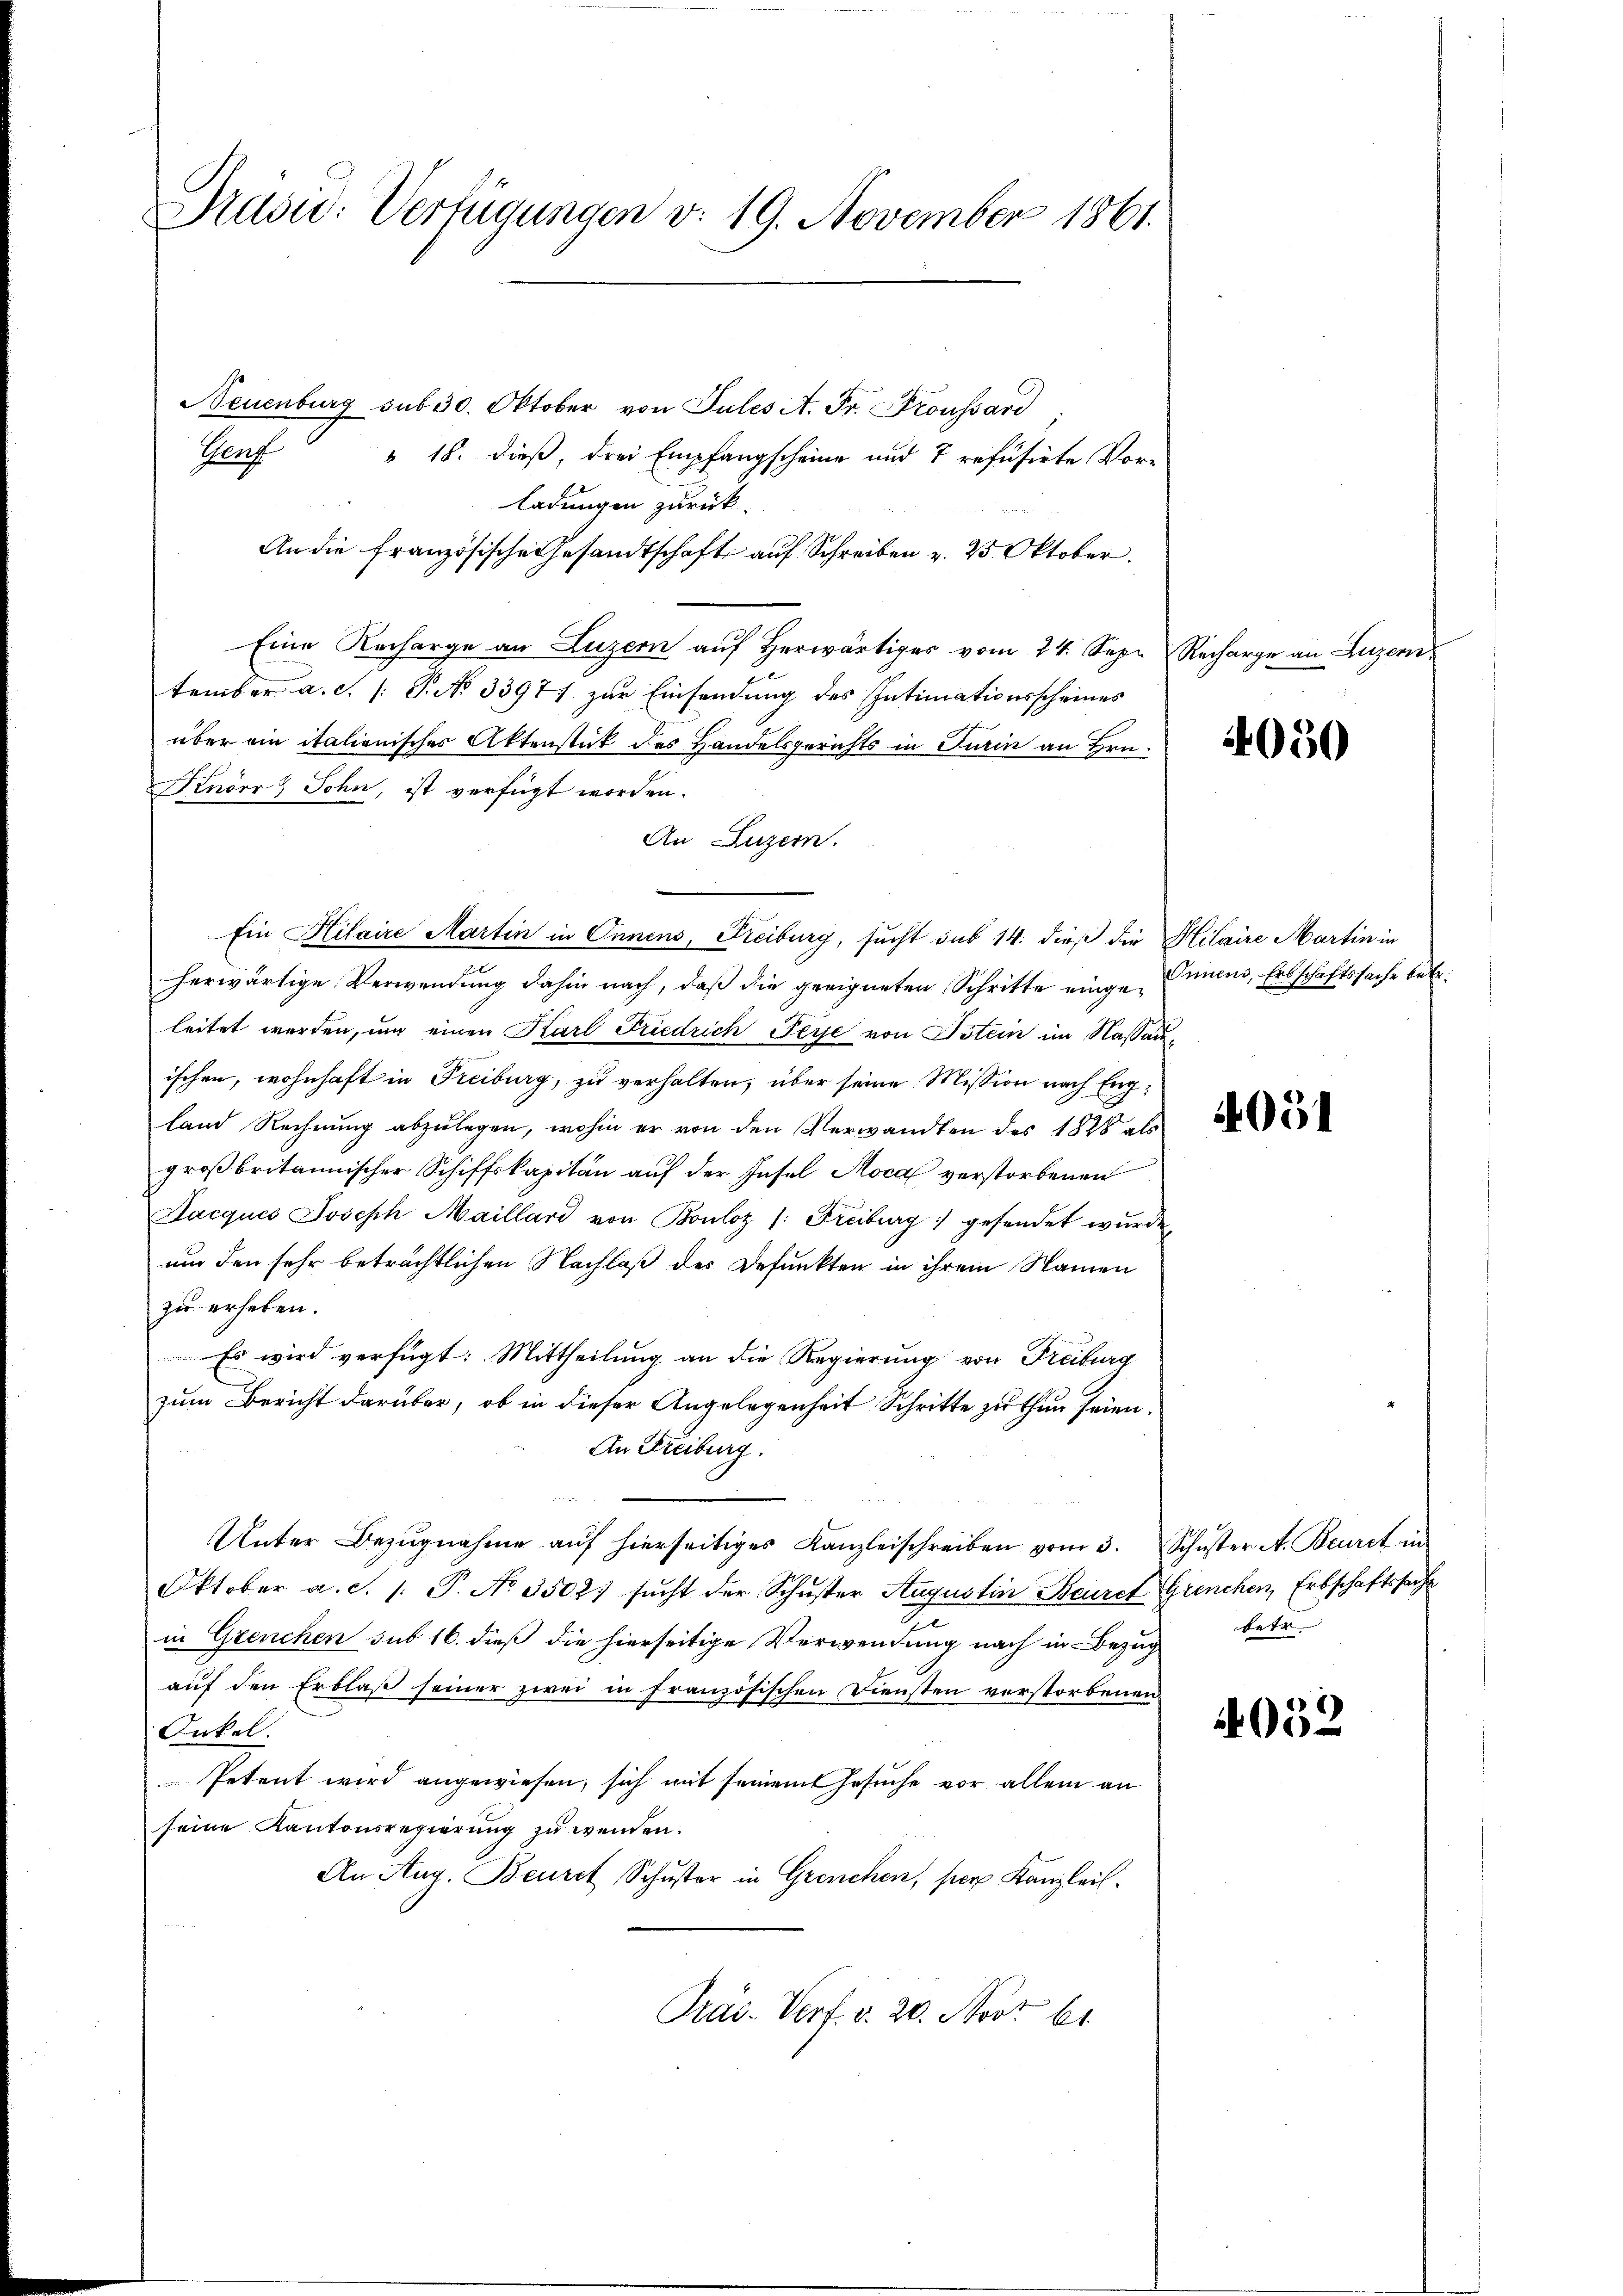
Präsid. Verfügungen v. 19. November 1861.

Neuenburg sub 30. Oktober von Pules A. Fr. Proussard
Henz
" 18. dieß, drei Empfangscheine und 7 refusirte Vorladungen zurück.
An die französische Gesandtschaft auf Schreiben v. 25. Oktober.
Eine Recharge an Luzern aŭf herwärtiges vom 24. Sep. Recharge an Luzern
tember a. c. /: P. No 33977 zur Einsendung des Intimationsscheines
über ein italienisches Aktenstück des Handelsgerichts in Turin an Hrn.
Knder Sohn, ist verfügt worden.
An Luzern.
Ein Hilaire Martin in Onnens, Freiburg, sucht sub 14. dieß die Hilaire Martin in
herwärtige Verwendung dahin nach, daß die geeigneten Schritte eingeleitet werden, um einen Karl Friedrich Peye von Ostein im Nassauischen, wohnhaft in Freiburg, zu verhalten, über seine Mission nach Engfand Rechnung abzulegen, wohin er von den Verwandten des 1828 als
großbritannischer Schiffskapitän auf der Insel Moca verstorbenen
Jacques Joseph Maillard von Bouloz /: Freiburg gesendet wurden
um den sehr beträchtlichen Nachlaß des Defunkten in ihrem Namen
zu erheben.
Es wird verfügt: Mittheilung an die Regierung von Freiburg
zum Bericht darüber, ob in dieser Angelegenheit Schritte zu thun seien.
An Freiburg.

Unter Bezŭgnahme aŭf hierseitiges Kanzleischreiben vom 3. Schŭster A. Beurt in
Oktober a. c. 1. P. No 3502) sŭcht der Schŭster Augustin Bauret Grenchen, Erbschaftssache
in Grenchen sub 16. dieß die hierseitige Verwendung nach in Bezug betr.
auf den Erblaß seiner zwei in französischen Diensten verstorbenen
Onkel.
Petent wird angewiesen, sich mit seinem Gesuche vor allein an
seine Kantonsregierung zu wenden.
An Aug. Beurt Schuster in Grenchen, per Kanzleil

Prai- Verf. v. 20. Novt 61

4050

Innens, Erbschäftssache betr.

4051

4052